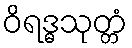
ဝိရဒ္ဓသုတ္တံ